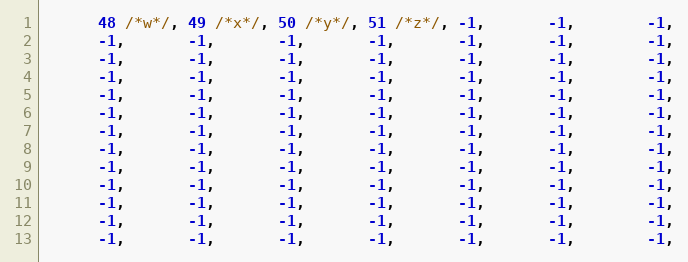
Language: C
      48 /*w*/, 49 /*x*/, 50 /*y*/, 51 /*z*/, -1,       -1,        -1,
      -1,       -1,       -1,       -1,       -1,       -1,        -1,
      -1,       -1,       -1,       -1,       -1,       -1,        -1,
      -1,       -1,       -1,       -1,       -1,       -1,        -1,
      -1,       -1,       -1,       -1,       -1,       -1,        -1,
      -1,       -1,       -1,       -1,       -1,       -1,        -1,
      -1,       -1,       -1,       -1,       -1,       -1,        -1,
      -1,       -1,       -1,       -1,       -1,       -1,        -1,
      -1,       -1,       -1,       -1,       -1,       -1,        -1,
      -1,       -1,       -1,       -1,       -1,       -1,        -1,
      -1,       -1,       -1,       -1,       -1,       -1,        -1,
      -1,       -1,       -1,       -1,       -1,       -1,        -1,
      -1,       -1,       -1,       -1,       -1,       -1,        -1,